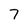
Character: 7